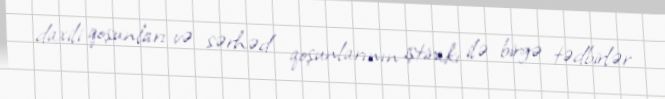
daxili qoşunları və sərhəd qoşunlarının iştirakı ilə birgə tədbirlər